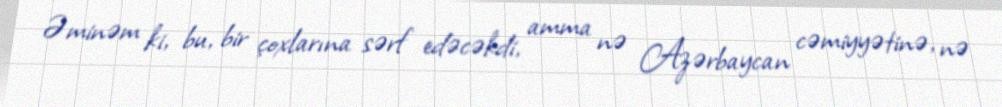
Əminəm ki, bu, bir çoxlarına sərf edəcəkdi, amma nə Azərbaycan cəmiyyətinə, nə